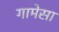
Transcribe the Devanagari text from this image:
गामेसा